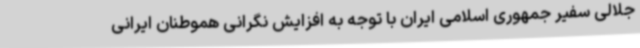
جلالی سفیر جمهوری اسلامی ایران با توجه به افزایش نگرانی هموطنان ایرانی